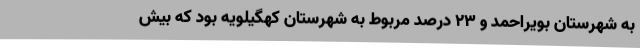
به شهرستان بویراحمد و 23 درصد مربوط به شهرستان کهگیلویه بود که بیش